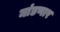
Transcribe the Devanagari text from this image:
मांडणार